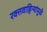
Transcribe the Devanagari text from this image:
रक्तवाहिन्यांमुळे